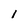
Character: I